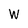
Character: w